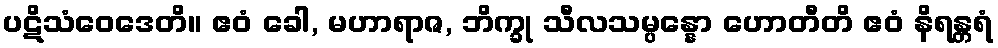
ပဋိသံဝေဒေတိ။ ဧဝံ ခေါ, မဟာရာဇ, ဘိက္ခု သီလသမ္ပန္နော ဟောတီတိ ဧဝံ နိရန္တရံ